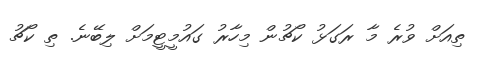
ތިއަށް ވުރެ މާ ރަގަޅު ކޯޗުން މިހާރު ގައުމީޓީމަށް ލިބޭނެ. ތި ކޯޗު